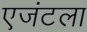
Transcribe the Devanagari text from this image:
एजंटला